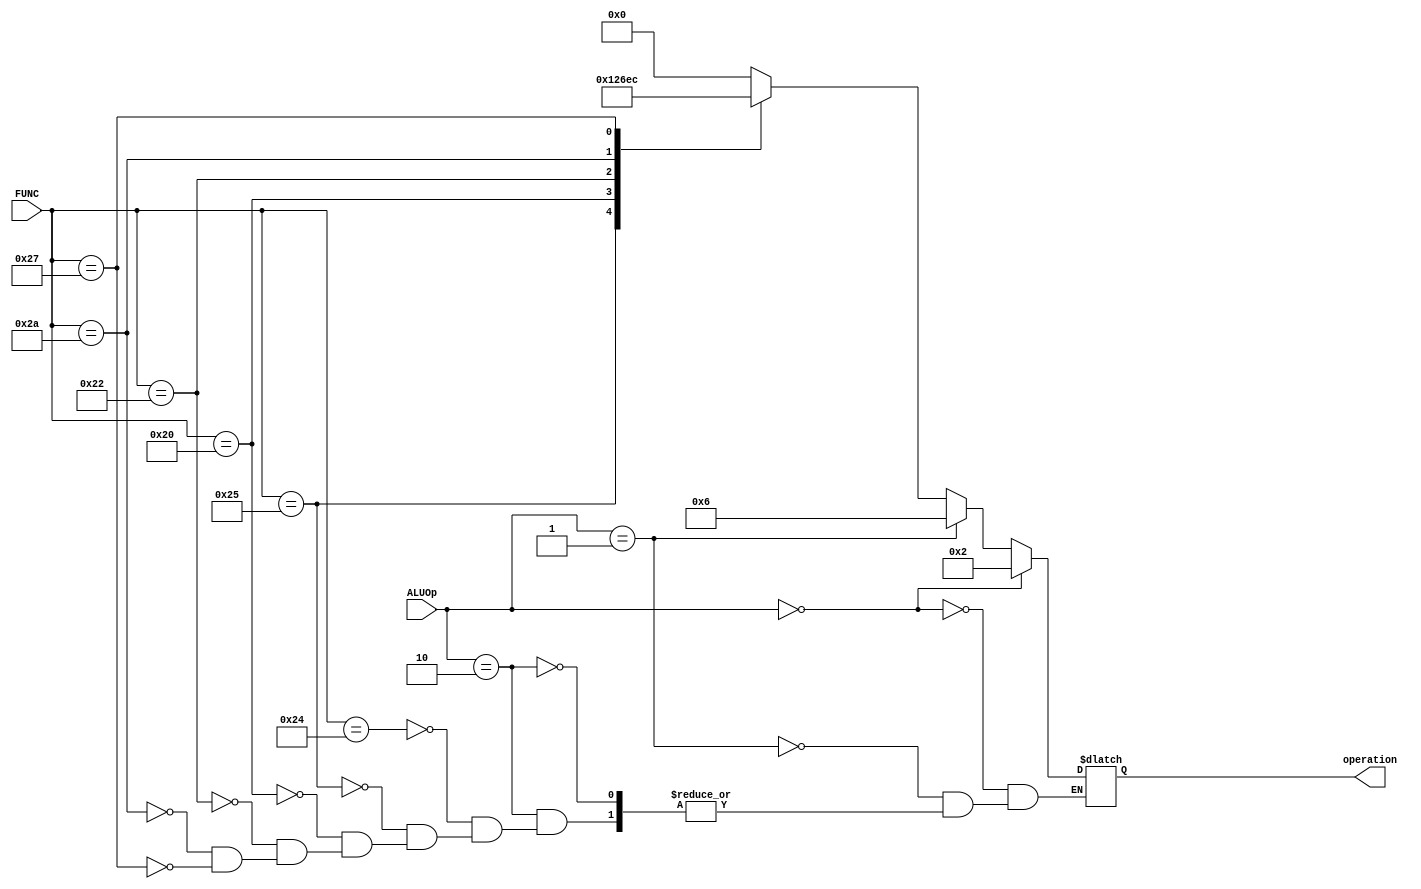
//this for first task in co project
module Alu_Control ( ALUOp , FUNC , operation );
input [1:0] ALUOp ;
input [5:0] FUNC ;
output reg [3:0] operation ;
always@(ALUOp or FUNC)
begin
if(ALUOp == 2'b00)
	 operation <= 4'b0010;
else if(ALUOp == 2'b01)
	operation <= 4'b0110;
else if(ALUOp == 2'b10)
	begin
		case (FUNC) 
			36 :  operation <= 4'b0000;
			37 :  operation <= 4'b0001;
			32 :  operation <= 4'b0010;
			34 :  operation <= 4'b0110;
			42 :  operation <= 4'b1110;
			39 :  operation <= 4'b1100;
		endcase
	end
end
endmodule 
 
module control_unit (Op , RegDst , Jump , Branch , MemRead , MemtoReg , ALUOp , MemWrite , ALUSrc , RegWrite);
input [5:0] Op;
output reg RegDst , Jump , Branch , MemRead , MemtoReg , MemWrite , ALUSrc , RegWrite ;
output reg [1:0] ALUOp ;
always@(Op)
begin
	case (Op)
		   0 :	
			begin
				RegDst<=1; Jump<=0; Branch<=0; MemRead<=0; MemtoReg<=0; ALUOp<=2'b10; MemWrite<=0; ALUSrc<=0; RegWrite<=1;
			end
		   35 :
			begin
				RegDst<=0; Jump<=0; Branch<=0; MemRead<=1; MemtoReg<=1; ALUOp<=2'b00; MemWrite<=0; ALUSrc<=1; RegWrite<=1;
			end	
		   43 :
			begin
				RegDst<=1'bx; Jump<=0; Branch<=0; MemRead<=0; MemtoReg<=1'bx; ALUOp<=2'b00; MemWrite<=1; ALUSrc<=1; RegWrite<=0;
			end	
		   4 :
			begin
				RegDst<=1'bx; Jump<=0; Branch<=1; MemRead<=0; MemtoReg<=1'bx; ALUOp<=2'b01; MemWrite<=0; ALUSrc<=0; RegWrite<=0;
			end	
	endcase  
end
endmodule

module reg_file ( reg_read1 , reg_read2 , write_reg , write_enable , clk , reg1 , reg2 , write_data );
input write_enable , clk ;
input [4:0] reg_read1 , reg_read2 , write_reg;
output reg [31:0] reg1 , reg2 ;
input [31:0] write_data;
reg [31:0] registers [0:31] ;
always @ ( negedge clk )
begin
reg1 <= registers[reg_read1];
reg2 <= registers[reg_read2];
end
always @ ( posedge clk )
begin
if(write_enable)
begin
 registers[write_reg] <= write_data;
end
end
endmodule